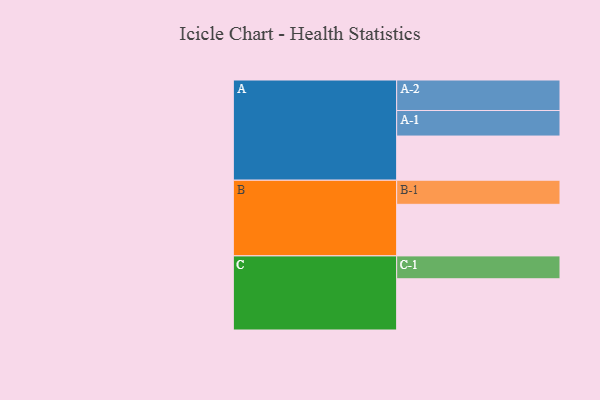
{"axis": {"x": "Segment", "y": "Value"}, "legend": ["", "A", "B", "C"], "data": [{"x": "A", "y": 394, "type": ""}, {"x": "B", "y": 460, "type": ""}, {"x": "C", "y": 457, "type": ""}, {"x": "A-1", "y": 228, "type": "A"}, {"x": "A-2", "y": 272, "type": "A"}, {"x": "B-1", "y": 215, "type": "B"}, {"x": "C-1", "y": 204, "type": "C"}]}